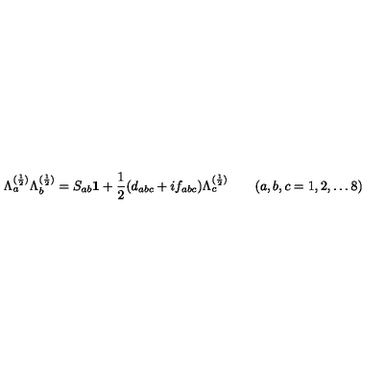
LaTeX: \Lambda _ { a } ^ { ( \frac { 1 } { 2 } ) } \Lambda _ { b } ^ { ( \frac { 1 } { 2 } ) } = S _ { a b } { \bf 1 } + \frac { 1 } { 2 } ( d _ { a b c } + i f _ { a b c } ) \Lambda _ { c } ^ { ( \frac { 1 } { 2 } ) } \quad \quad ( a , b , c = 1 , 2 , \dots 8 )